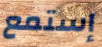
إستمع